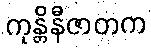
ကုန္တိနီဇာတက